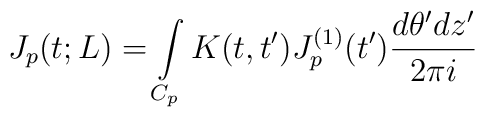
J_p(t;L)=\int\limits_{C_p}K(t,t')J_p^{(1)}(t')\frac{d\theta'dz'}{2\pi i}